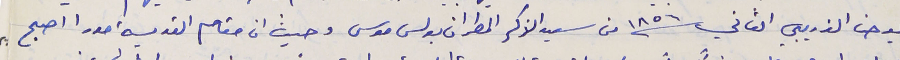
يوحنا الذريبي الثاني سنة ١٨٥٦ من سعيد الذكر المطران بولس موسى وحيث ان مقام القديسة مورا اصبح